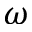
\omega